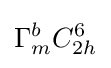
\Gamma _{m}^{b}C_{2h}^{6}